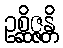
ဥစ္ဆိဇ္ဇန္တိ